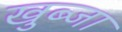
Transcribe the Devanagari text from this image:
खुब्जा